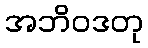
အဘိဝဒတု